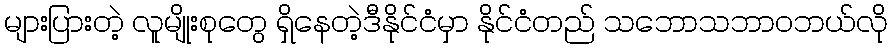
များပြားတဲ့ လူမျိုးစုတွေ ရှိနေတဲ့ဒီနိုင်ငံမှာ နိုင်ငံတည် သဘောသဘာဝဘယ်လို